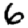
Digit: 6